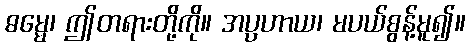
ဓမ္မေ၊ ဤတရားတို့ကို။ အပ္ပဟာယ၊ မပယ်စွန့်မူ၍။